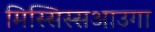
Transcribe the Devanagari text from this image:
मिस्सिस्सआउगा